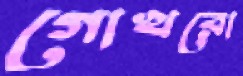
গোখরো